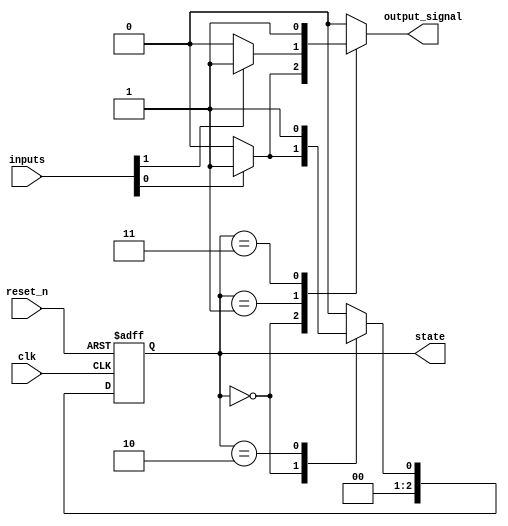
module mealy_fsm #(
    parameter N = 3,                      // Number of bits for the state
    parameter M = 2                       // Number of input signals
)(
    input wire clk,                       // Clock signal
    input wire reset_n,                   // Active low reset signal
    input wire [M-1:0] inputs,            // Input signals
    output reg [N-1:0] state,             // Current state
    output reg output_signal               // Output signal
);

    // State encoding
    localparam S0 = 3'b000;
    localparam S1 = 3'b001;
    localparam S2 = 3'b010;
    localparam S3 = 3'b011;
    localparam S4 = 3'b100;
    
    // Next state and output logic
    always @(*) begin
        case (state)
            S0: begin
                if (inputs[0]) begin
                    output_signal = 1'b1; // Output based on input
                    state_next = S1;      // Transition to S1
                end else begin
                    output_signal = 1'b0;
                    state_next = S0;      // Stay in S0
                end
            end
            S1: begin
                if (inputs[1]) begin
                    output_signal = 1'b1;
                    state_next = S2;      // Transition to S2
                end else begin
                    output_signal = 1'b0;
                    state_next = S0;      // Transition back to S0
                end
            end
            S2: begin
                // Add more conditions for other states as needed
                output_signal = 1'b0;
                state_next = S3;          // Transition to S3
            end
            S3: begin
                output_signal = 1'b1;
                state_next = S4;          // Transition to S4
            end
            S4: begin
                output_signal = 1'b0; 
                state_next = S0;          // Transition back to S0
            end
            default: begin
                output_signal = 1'b0;
                state_next = S0;          // Default to reset state
            end
        endcase
    end

    // State register (synchronous)
    always @(posedge clk or negedge reset_n) begin
        if (!reset_n) begin
            state <= S0;                  // Initialize state to S0 on reset
        end else begin
            state <= state_next;          // Update state on clock edge
        end
    end

endmodule